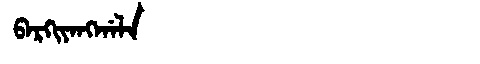
Manchu: ᠪᠠᡵᡴᡳᠶᠠᠩᡤᠠᠯᠠ
Romanization: BARKIYANGGALA